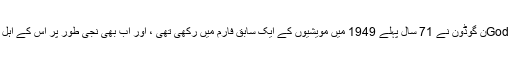
گیٹورلینڈ کی بنیاد او Godن گوڈون نے 71 سال پہلے 1949 میں مویشیوں کے ایک سابق فارم میں رکھی تھی ، اور اب بھی نجی طور پر اس کے اہل خانہ کی ملکیت ہے۔